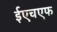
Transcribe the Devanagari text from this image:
ईएचएफ